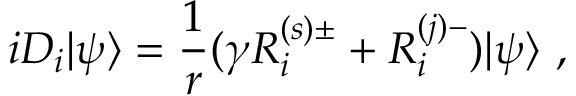
i D _ { i } | \psi \rangle = \frac { 1 } { r } ( \gamma { \cal R } _ { i } ^ { ( s ) \pm } + { \cal R } _ { i } ^ { ( j ) - } ) | \psi \rangle ~ , \nonumber